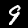
Digit: 9